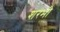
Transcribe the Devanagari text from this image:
शरभो